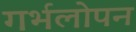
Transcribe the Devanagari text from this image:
गर्भलोपन